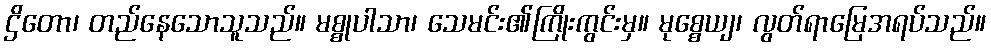
ဌိတော၊ တည်နေသောသူသည်။ မစ္စုပါသာ၊ သေမင်း၏ကြိုးကွင်းမှ။ မုစ္စေယျ၊ လွတ်ရာမြေအရပ်သည်။